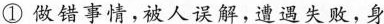
①做错事情，被人误解，遭遇失败，身